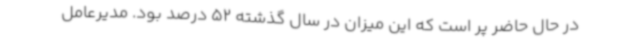
در حال حاضر پر است که این میزان در سال گذشته 52 درصد بود. مدیرعامل